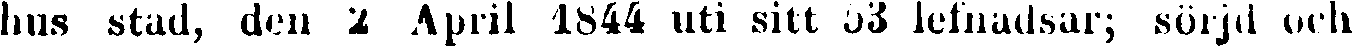
hus stad, den 2 April 1844 uti sitt 53 lefnadsår; sörjd och